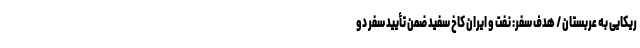
ریکایی به عربستان / هدف سفر: نفت و ایران کاخ سفید ضمن تأیید سفر دو